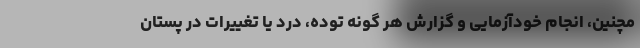
مچنین، انجام خودآزمایی و گزارش هر گونه توده، درد یا تغییرات در پستان